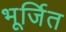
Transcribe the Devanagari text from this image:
भूर्जित